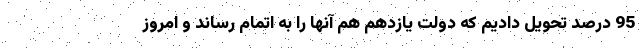
95 درصد تحویل دادیم که دولت یازدهم هم آنها را به اتمام رساند و امروز